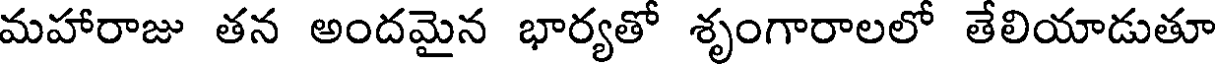
మహారాజు తన అందమైన భార్యతో శృంగారాలలో తేలియాడుతూ